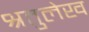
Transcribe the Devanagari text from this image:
श्रतुलेख